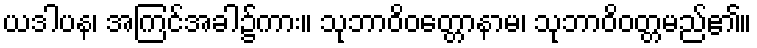
ယဒါပန၊ အကြင်အခါ၌ကား။ သုဘာဝိဝတ္တောနာမ၊ သုဘာဝိဝတ္တမည်၏။